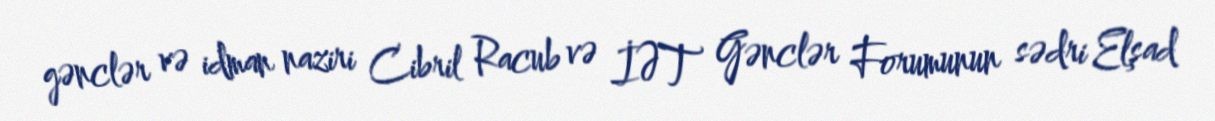
gənclər və idman naziri Cibril Racub və İƏT Gənclər Forumunun sədri Elşad